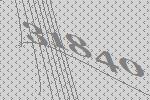
31840